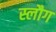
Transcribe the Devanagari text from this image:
स्लौग